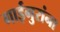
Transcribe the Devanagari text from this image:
गाईगुरांना